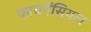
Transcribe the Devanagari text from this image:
फायनेंसियल